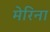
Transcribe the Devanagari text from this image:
मेरिना